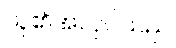
သူ၏အလုပ်သည်